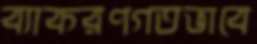
ব্যাকরণগতভাবে